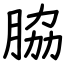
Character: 脇